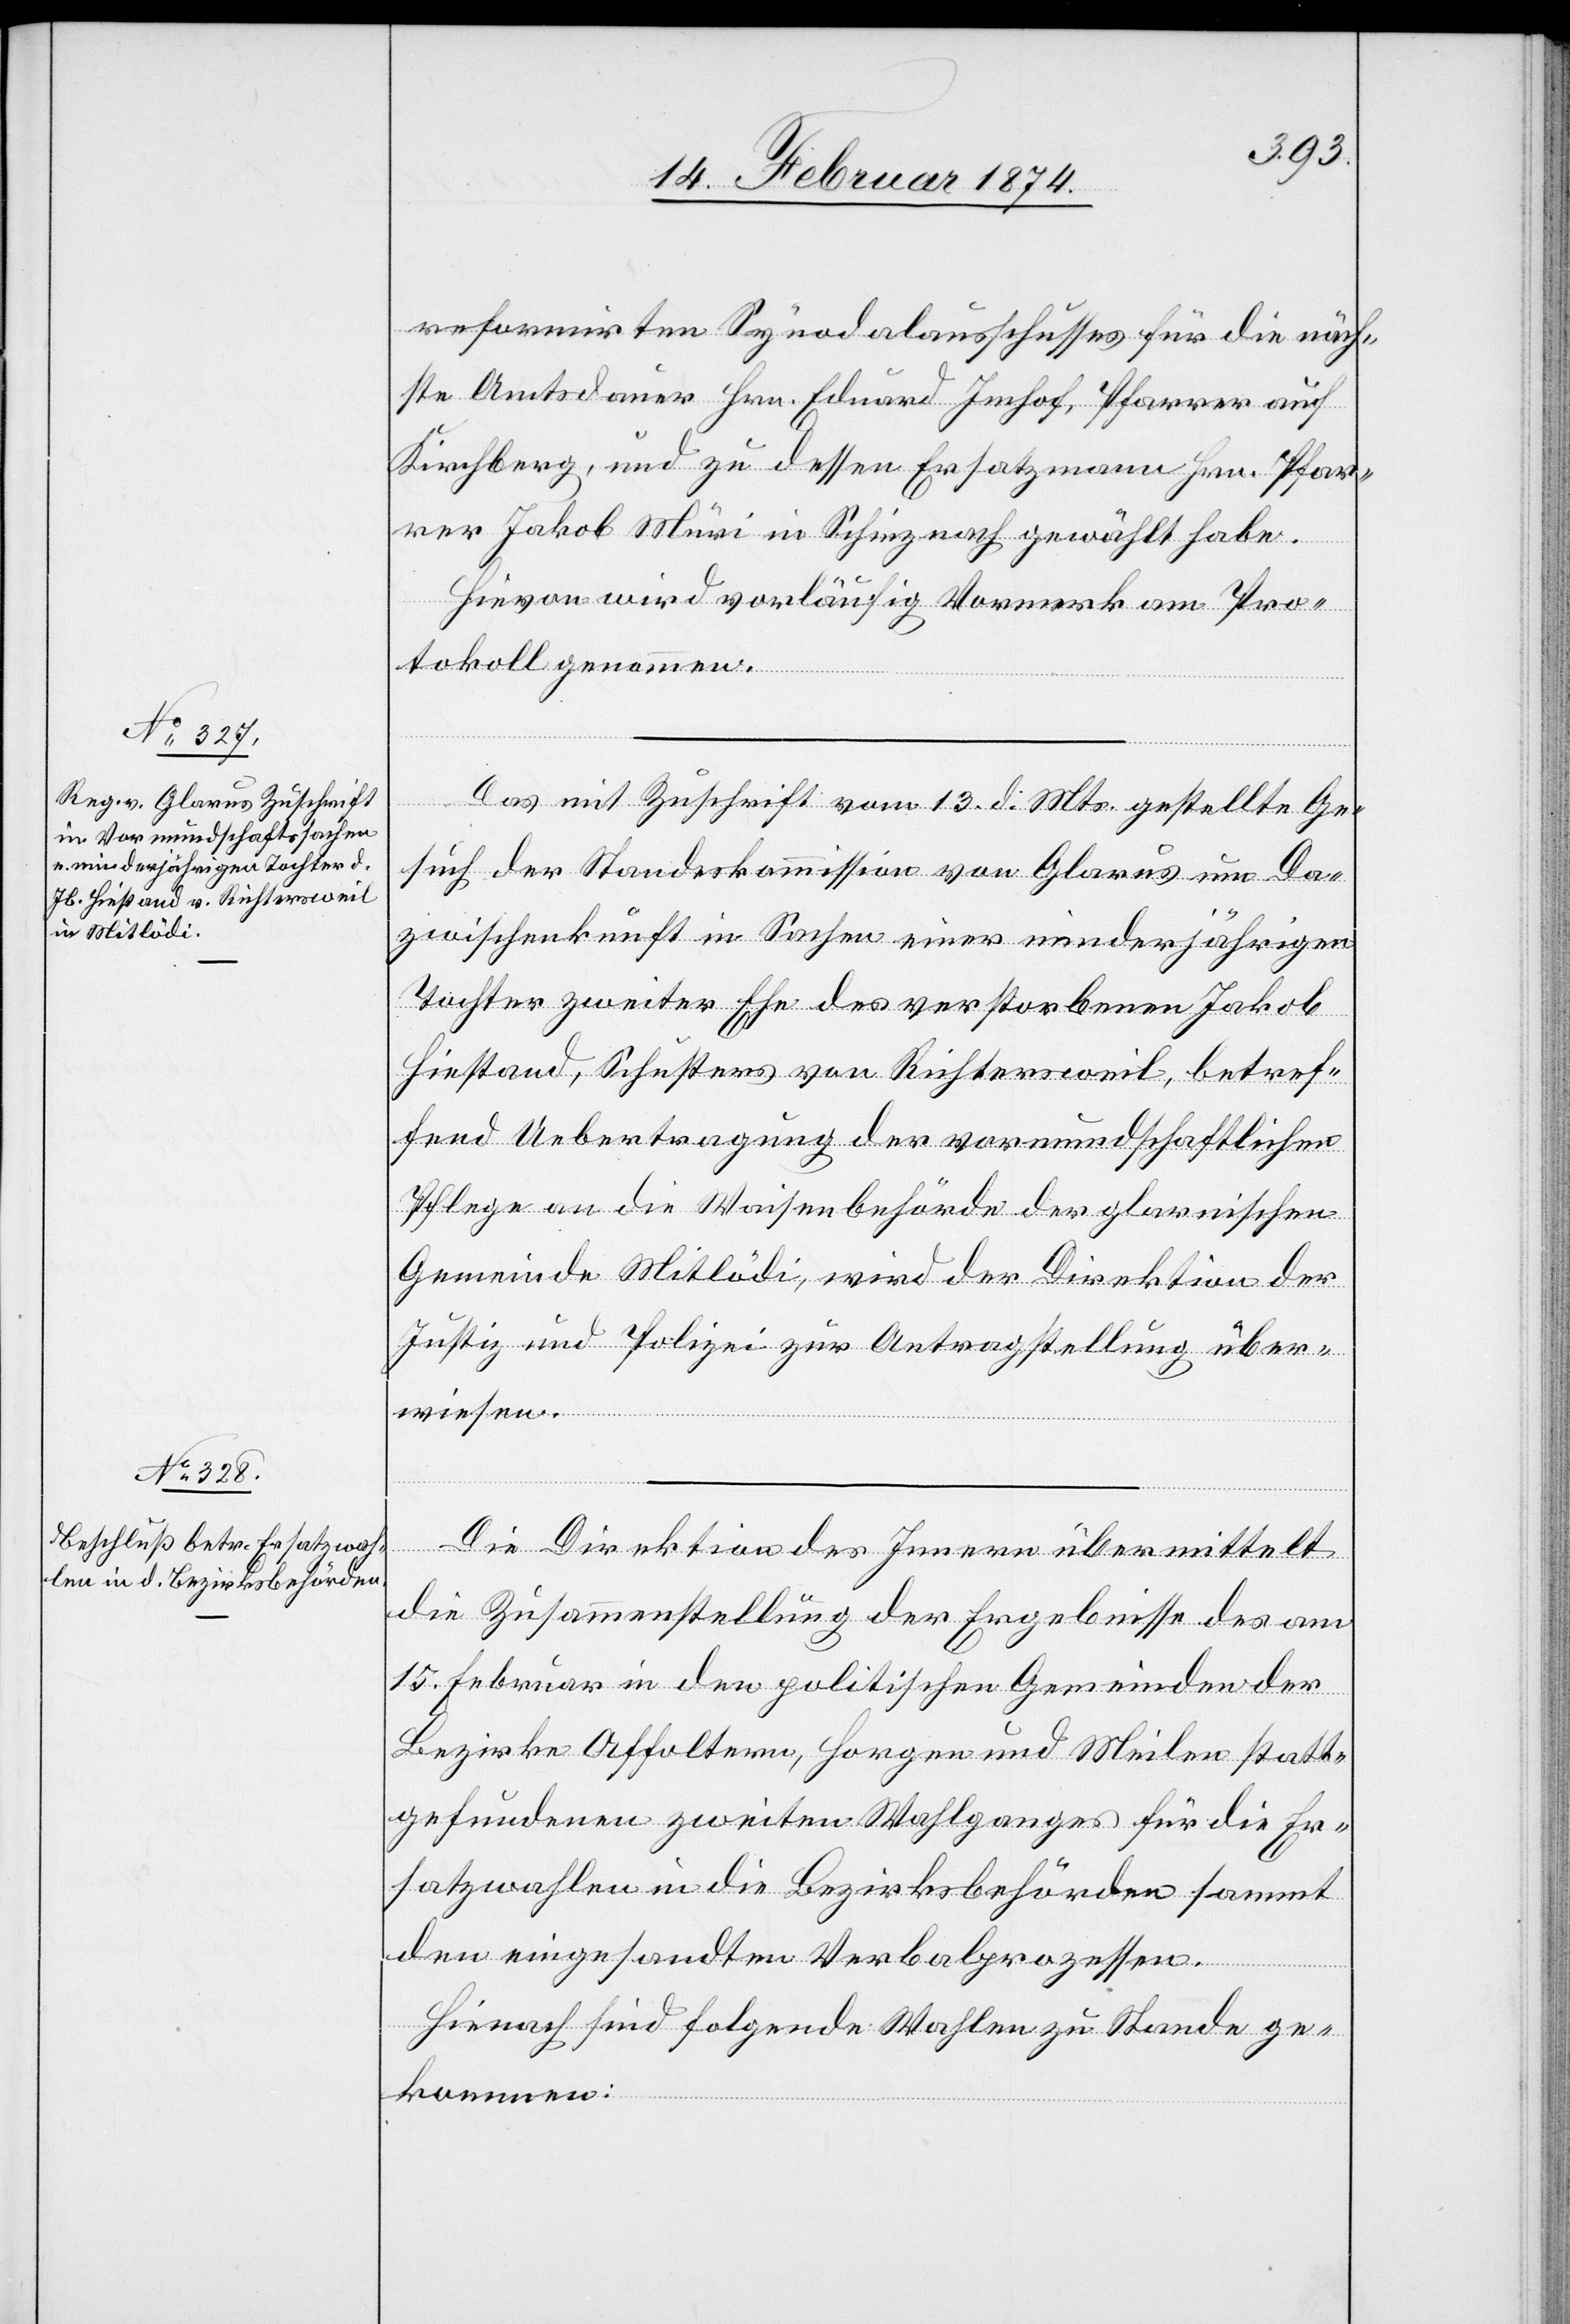
17. Februar 1874.]
reformirten Synodalausschusses für die näch¬
ste Amtsdauer Hrn. Eduard Imhof, Pfarrer auf
Kirchberg, und zu dessen Ersatzmann Hrn. Pfar¬
rer Jakob Müri in Schinznach gewählt habe.
Hievon wird vorläufig Vormerk am Pro¬
tokoll genommen.
Das mit Zuschrift vom 13. d. Mts. gestellte Ge¬
such der Standeskommission von Glarus um Da¬
zwischenkunft in Sachen einer minderjährigen
Tochter zweiter Ehe des verstorbenen Jakob
Hiestand, Schusters von Richtersweil, betref¬
fend Uebertragung der vormundschaftlichen
Pflege an die Waisenbehörde der glarnischen
Gemeinde Mitlädi, wird der Direktion der
Justiz und Polizei zur Antragstellung über¬
wiesen.
Die Direktion des Innern übermittelt
die Zusammenstellung der Ergebnisse des am
15. Februar in den politischen Gemeinden der
Bezirke Affoltern, Horgen und Meilen statt¬
gefundenen zweiten Wahlganges für die Er¬
satzwahlen in die Bezirksbehörden sammt
den eingesandten Verbalprozessen.
Hienach sind folgende Wahlen zu Stande ge¬
kommen: